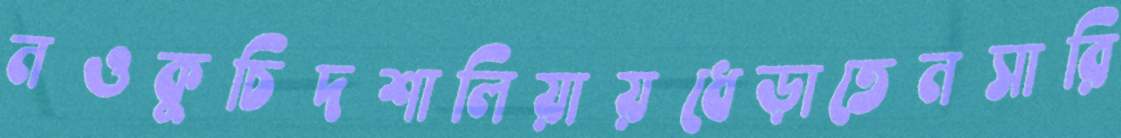
নওকুচিদশালিয়ায়ধেড়াতেনসারি